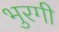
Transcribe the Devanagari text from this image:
भुरगी